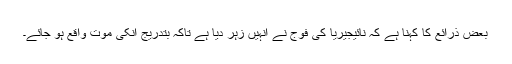
بعض ذرائع کا کہنا ہے کہ نائیجیریا کی فوج نے انہیں زہر دیا ہے تاکہ بتدریج انکی موت واقع ہو جائے۔